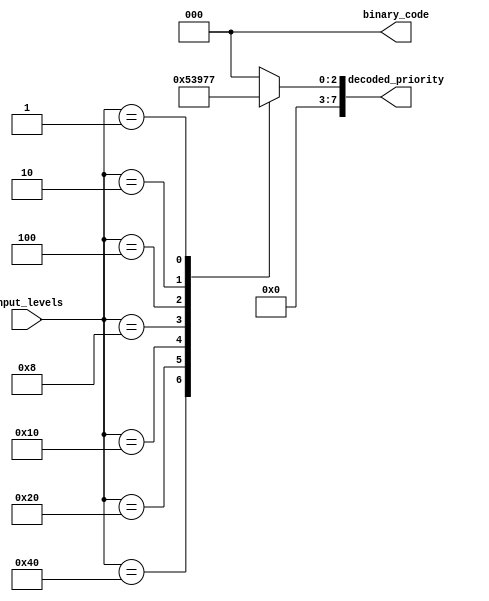
module PriorityEncoderDecoder (
    input [7:0] input_levels,
    output reg [2:0] binary_code,
    output reg [7:0] decoded_priority
);

always @* begin
    case(input_levels)
        8'b10000000: {binary_code, decoded_priority} = 3'b000;
        8'b01000000: {binary_code, decoded_priority} = 3'b001;
        8'b00100000: {binary_code, decoded_priority} = 3'b010;
        8'b00010000: {binary_code, decoded_priority} = 3'b011;
        8'b00001000: {binary_code, decoded_priority} = 3'b100;
        8'b00000100: {binary_code, decoded_priority} = 3'b101;
        8'b00000010: {binary_code, decoded_priority} = 3'b110;
        8'b00000001: {binary_code, decoded_priority} = 3'b111;
        default: {binary_code, decoded_priority} = 3'b000; // default value for invalid input
    endcase
end

endmodule